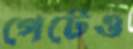
পেটেও